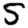
Digit: 5